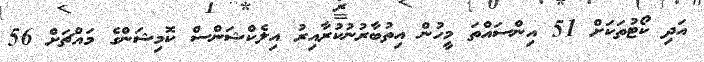
އަދި ކޯޓުތަކަށް 51 އިންސައްތަ މީހުން އިތުބާރުނުކުރާއިރު އިލެކްޝަންސް ކޮމިޝަންގެ މައްޗަށް 56